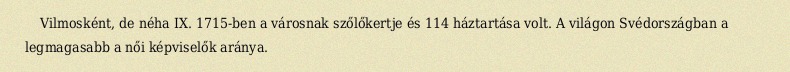
Vilmosként, de néha IX. 1715-ben a városnak szőlőkertje és 114 háztartása volt. A világon Svédországban a legmagasabb a női képviselők aránya.